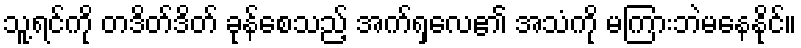
သူ့ရင်ကို တဒိတ်ဒိတ် ခုန်စေသည့် အက်ရှလေ၏ အသံကို မကြားဘဲမနေနိုင်။